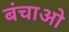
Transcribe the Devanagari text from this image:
बंचाओ